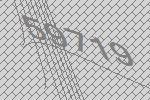
59719